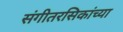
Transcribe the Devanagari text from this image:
संगीतरसिकांच्या